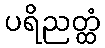
ပရိညတ္ထံ